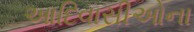
આદિવાસીઓના